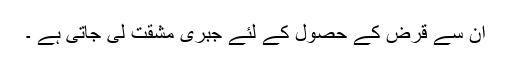
ان سے قرض کے حصول کے لئے جبری مشقت لی جاتی ہے ۔